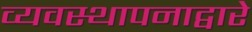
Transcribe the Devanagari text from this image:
व्यवस्थापनाद्वारे